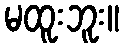
မထူးဘူး။